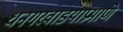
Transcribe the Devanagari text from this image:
धनगरवाडयाप्रमाणे